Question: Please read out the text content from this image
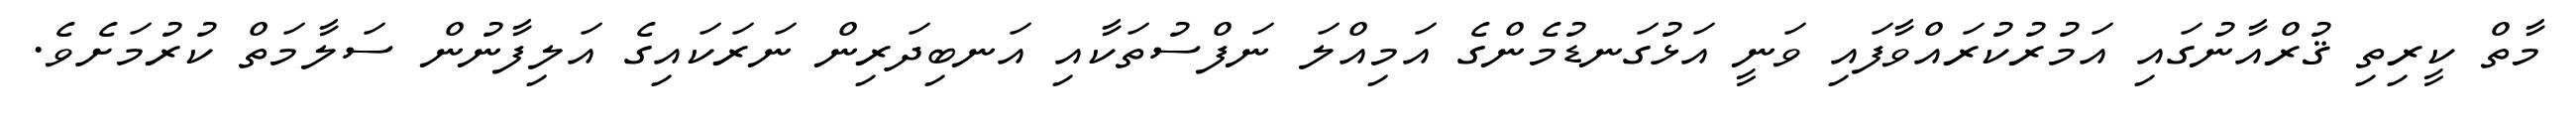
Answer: މާތް ކީރިތި ޤުރްއާނުގައި އަމުރުކުރައްވާފައި ވަނީ އަޅުގަނޑުމެންގެ އަމިއްލަ ނަފްސުތަކާއި އަނބިދަރިން ނަރަކައިގެ އަލިފާނުން ސަލާމަތް ކުރުމަށެވެ.